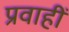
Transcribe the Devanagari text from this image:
प्रवाहीं